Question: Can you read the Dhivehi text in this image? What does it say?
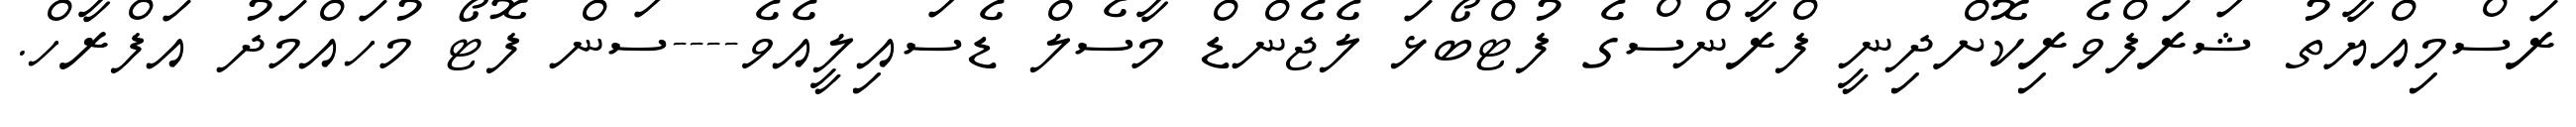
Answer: ރަސްމިއްޔާތު ޝަރަފްވެރިކޮށްދިނީ ފްރާންސްގެ ފުޓްބޯޅަ ލެޖެންޑް މާސެލް ޑެސައިލީއެވެ----ސަން ފޮޓޯ މުހައްމަދު އަފްރާހް.